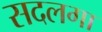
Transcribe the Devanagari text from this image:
सदलगा